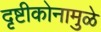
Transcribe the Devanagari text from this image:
दृष्टीकोनामुळे